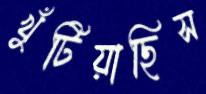
খুঁটিয়াছিস